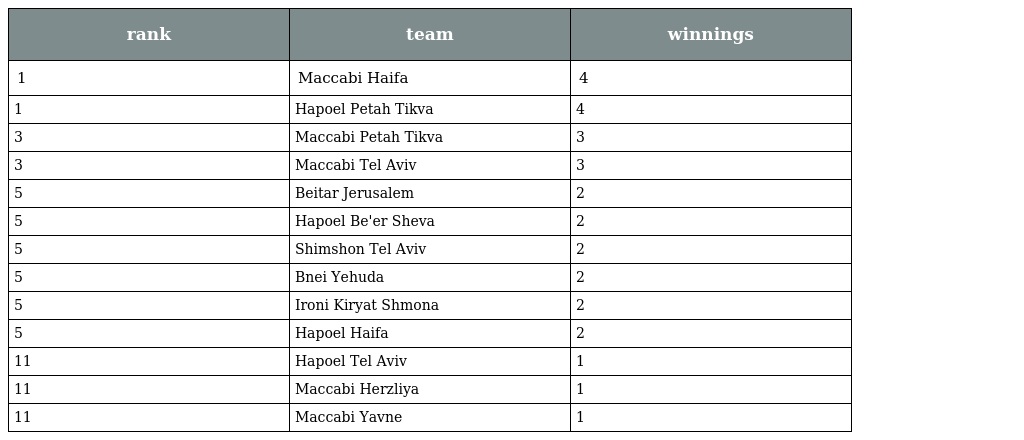
| rank | team | winnings |
 | --- | --- | --- |
 | 1 | Maccabi Haifa | 4 |
 | 1 | Hapoel Petah Tikva | 4 |
 | 3 | Maccabi Petah Tikva | 3 |
 | 3 | Maccabi Tel Aviv | 3 |
 | 5 | Beitar Jerusalem | 2 |
 | 5 | Hapoel Be'er Sheva | 2 |
 | 5 | Shimshon Tel Aviv | 2 |
 | 5 | Bnei Yehuda | 2 |
 | 5 | Ironi Kiryat Shmona | 2 |
 | 5 | Hapoel Haifa | 2 |
 | 11 | Hapoel Tel Aviv | 1 |
 | 11 | Maccabi Herzliya | 1 |
 | 11 | Maccabi Yavne | 1 |